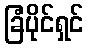
ခြံပိုင်ရှင်